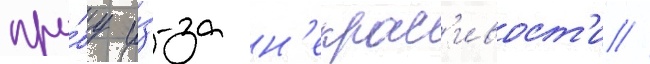
про́бу и́з-за н'екрас'ивост'и //